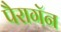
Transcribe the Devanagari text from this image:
पैरागॅन